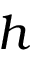
h